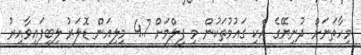
މިހާތަނަށް ދުނިޔޭގެ އެކި ގައުމުތަކުން މި ފިލްމަށް 4.7 މިލިއަން ޑޮލަރު ލިބިފައިވާއިރު